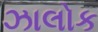
ઝાલોક